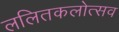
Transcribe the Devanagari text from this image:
ललितकलोत्सव